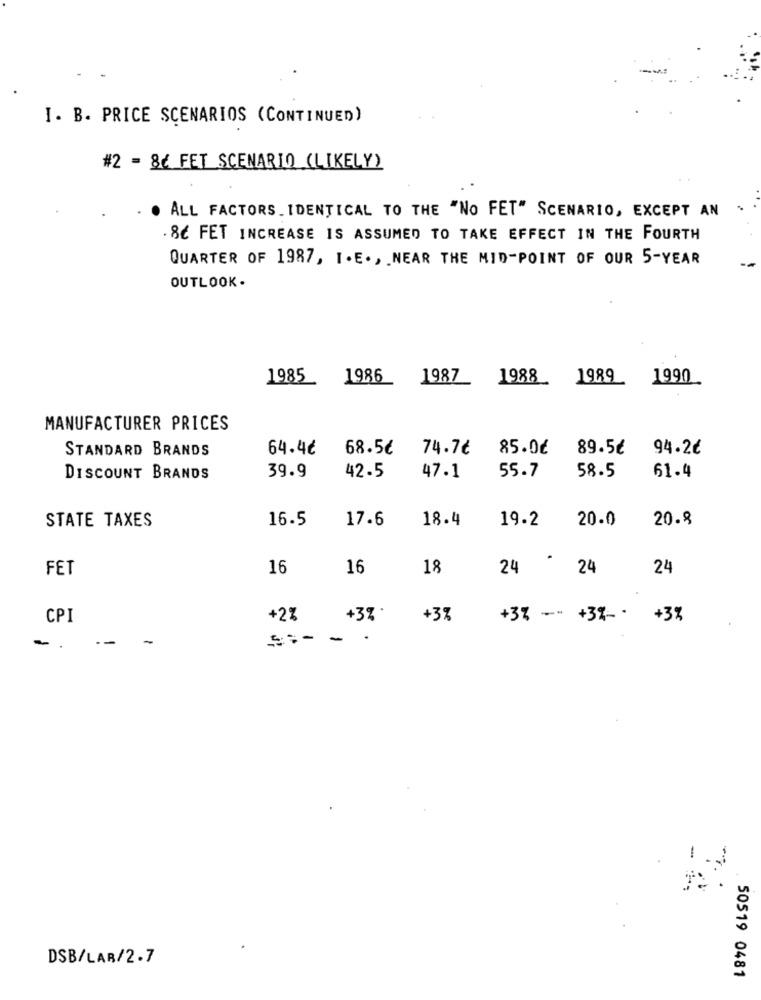
I. B. PRICE SCENARIOS (CONTINUED)
#2 = 86 FET SCENARIO (LIKELY)
. ALL FACTORS_ IDENTICAL TO THE "No FET" SCENARIO, EXCEPT AN
86 FET INCREASE IS ASSUMED TO TAKE EFFECT IN THE FOURTH
QUARTER OF 1987, I.E. , NEAR THE MID-POINT OF OUR 5-YEAR
OUTLOOK .
1985
1986
1987
1988
1989
1990
MANUFACTURER PRICES
STANDARD BRANDS
64.4€
68.5€
74.76
85.06
89.5€
94.2€
39.9
55.7
58.5
DISCOUNT BRANDS
42.5
47.1
61.4
STATE TAXES
16.5
17.6
18.4
19.2
20.0
20.8
FET
16
16
18
24 *
24
24
CPI
+2%
+3%
+3%
+37 -- +37- . +3%
-
DSB/LAR/2.7
50519 0481